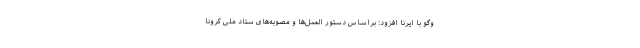
وگو با ایرنا افزود: براساس دستور العمل‌ها و مصوبه‌های ستاد ملی کرونا